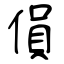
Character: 傊